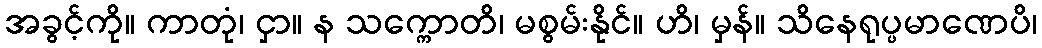
အခွင့်ကို။ ကာတုံ၊ ငှာ။ န သက္ကောတိ၊ မစွမ်းနိုင်။ ဟိ၊ မှန်။ သိနေရုပ္ပမာဏေပိ၊